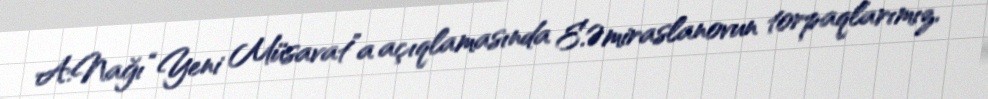
A.Nağı “Yeni Müsavat”a açıqlamasında E.Əmiraslanovun torpaqlarımız,